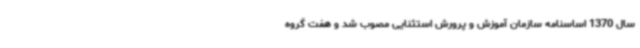
سال 1370 اساسنامه سازمان آموزش و پرورش استثنایی مصوب شد و هفت گروه